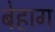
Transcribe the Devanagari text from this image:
बेहाग